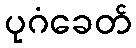
ပုဂံခေတ်